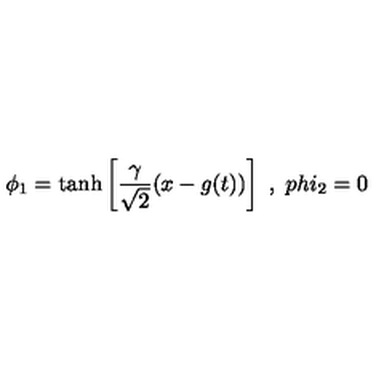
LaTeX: \phi _ { 1 } = \tanh \left[ { \frac { \gamma } { \sqrt { 2 } } } ( x - g ( t ) ) \right] \ , \ p h i _ { 2 } = 0